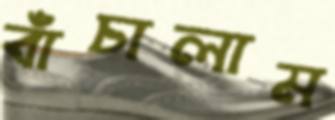
বাঁচালাম